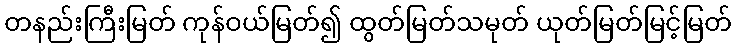
တနည်းကြီးမြတ် ကုန်ဝယ်မြတ်၍ ထွတ်မြတ်သမုတ် ယုတ်မြတ်မြင့်မြတ်